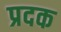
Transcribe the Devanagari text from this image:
प्रदक